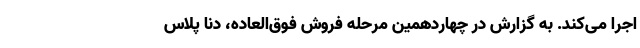
اجرا می‌کند. به گزارش در چهاردهمین مرحله فروش فوق‌العاده، دنا پلاس